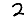
Digit: 2